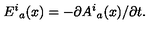
{ E ^ { i } } _ { a } ( x ) = - \partial { A ^ { i } } _ { a } ( x ) / \partial t .